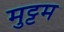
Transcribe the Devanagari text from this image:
मुट्टम